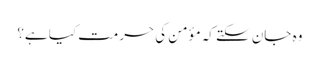
وہ جان سکتے کہ مؤمن کی حرمت کیا ہے؟